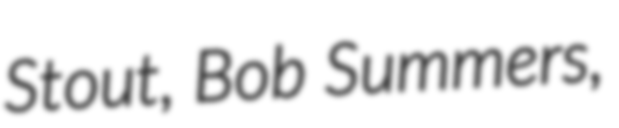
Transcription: Stout, Bob Summers,